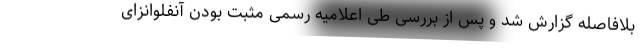
بلافاصله گزارش شد و پس از بررسی طی اعلامیه رسمی مثبت بودن آنفلوانزای